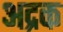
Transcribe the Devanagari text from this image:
अद्रक